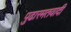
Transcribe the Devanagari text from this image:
पुढारमतवादी